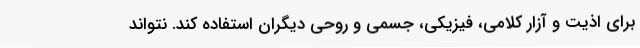
برای اذیت و آزار کلامی، فیزیکی، جسمی و روحی دیگران استفاده کند. نتواند